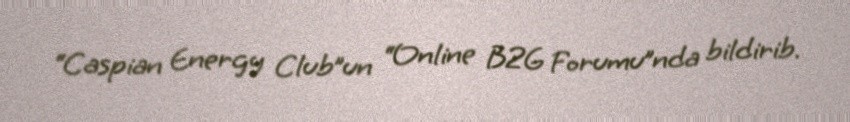
“Caspian Energy Club”un “Online B2G Forumu”nda bildirib.